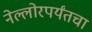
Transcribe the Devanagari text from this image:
नेल्लोरपर्यंतचा